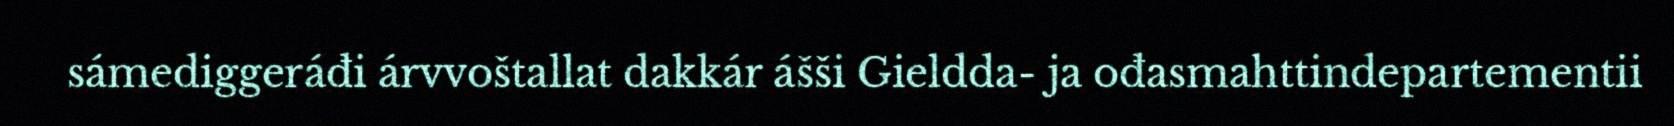
sámediggeráđi árvvoštallat dakkár ášši Gieldda- ja ođasmahttindepartementii